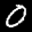
Label: 0